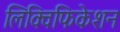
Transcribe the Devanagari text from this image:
लिक्विफिकेशन